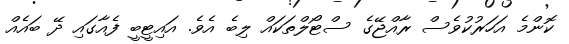
ކޮންމެ އަހަރުކުވެސް ރާއްޖޭގެ ސްޓޯލްތަކައް ލިބެ އެވެ. އައިޓީބީ ފެއާގައި ދޭ ބައެއް